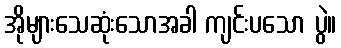
အိုများသေဆုံးသောအခါ ကျင်းပသော ပွဲ။